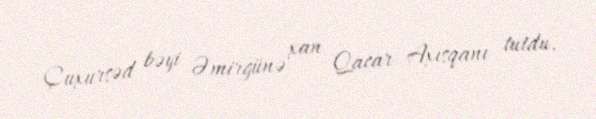
Çuxursəd bəyi Əmirgünə xan Qacar Axısqanı tutdu.